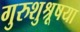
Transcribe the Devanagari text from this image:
गुरुशुश्रूषया